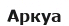
Аркуа